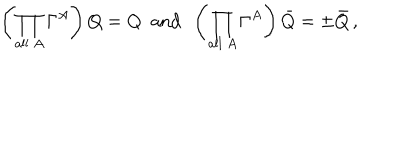
\left( \prod _ { \mathrm { a l l \ } A } \Gamma ^ { A } \right) Q = Q \ \ \mathrm { a n d } \ \ \left( \prod _ { \mathrm { a l l \ } A } \Gamma ^ { A } \right) \bar { Q } = \pm \bar { Q } \, ,